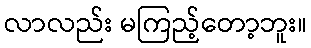
လာလည်း မကြည့်တော့ဘူး။